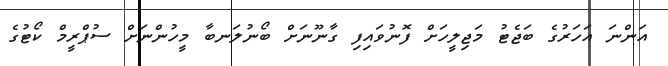
އަންނަ އަހަރުގެ ބަޖެޓު މަޖިލީހަށް ފޮނުވައިފި ގާނޫނަށް ބޯނުލަނބާ މީހުންނަށް ސުޕްރީމް ކޯޓުގެ